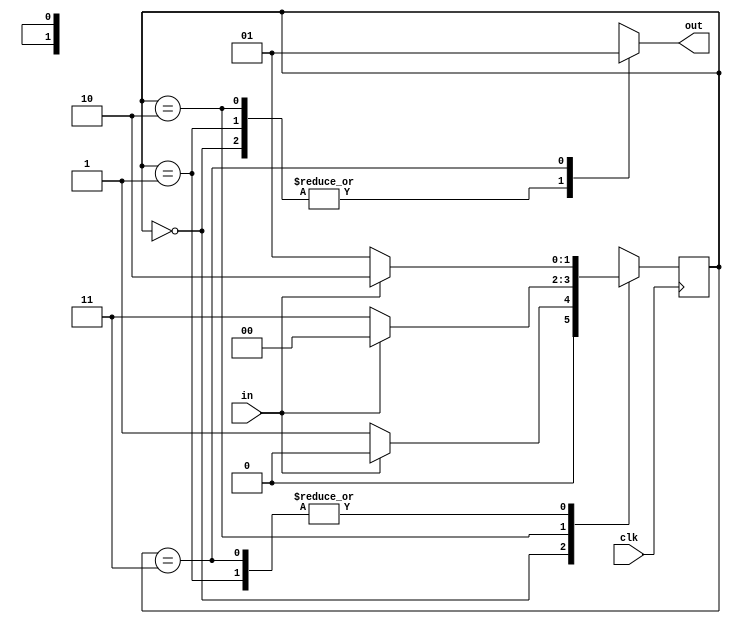
module detector(
    input in,
    input clk,
    output out
    );
    reg out;
    reg [1:0] state;
    reg [1:0] nextstate;

    //initializing state
    initial begin
        state <= 0;
    end

    //always block for state alloc
    always @(posedge clk) begin
        state <= nextstate;    
    end

    //always block for next state
    always @(in or state) begin
        case (state)
            0 : nextstate <= (in == 0) ? 1 : 0;
            1 : nextstate <= (in == 1) ? 2 : 1;
            2 : nextstate <= (in == 0) ? 3 : 0;
            3 : nextstate <= (in == 0) ? 1 : 2;
        endcase
    end

    //alwyas block for output logic
    always @(state) begin
        case (state) 
            0 : out <= 0;
            1 : out <= 0;
            2 : out <= 0;
            3 : out <= 1;
            default : out <= 0;
        endcase
    end

endmodule